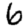
Digit: 6